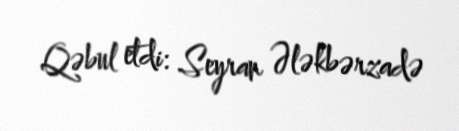
Qəbul etdi: Seyran Ələkbərzadə